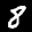
Label: 8